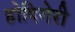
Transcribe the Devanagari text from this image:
होदिगेरी